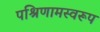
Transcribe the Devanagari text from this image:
पश्रिणामस्वरूप